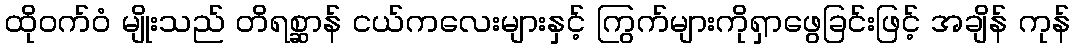
ထိုဝက်ဝံ မျိုးသည် တိရစ္ဆာန် ငယ်ကလေးများနှင့် ကြွက်များကိုရှာဖွေခြင်းဖြင့် အချိန် ကုန်